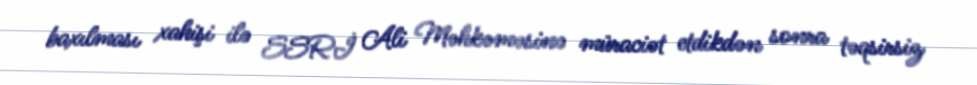
baxılması xahişi ilə SSRİ Ali Məhkəməsinə müraciət etdikdən sonra təqsirsiz